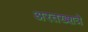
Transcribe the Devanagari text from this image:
अरतख्शत्रे